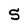
Character: 5